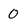
Character: 0